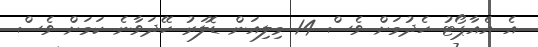
އެ އެއާޕޯޓު ހެދުމަށް ވެސް 14 މިލިއަން ޑޮލަރު ހޭދަވާނެ ކަމަށް ވެސް